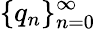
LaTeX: \{ q_{n}\} _{n=0}^{\infty}